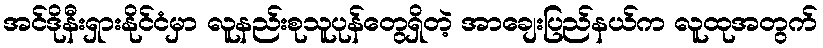
အင်ဒိုနီးရှားနိုင်ငံမှာ လူနည်းစုသူပုန်တွေရှိတဲ့ အာချေးပြည်နယ်က လူထုအတွက်